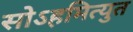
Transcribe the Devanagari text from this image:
सोऽहमित्युत